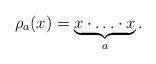
LaTeX: \begin{align*}\rho_a(x)=\underbrace{x\cdot\ldots\cdot x}_{a}.\end{align*}